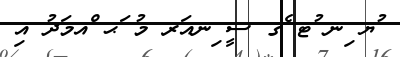
ުޔ ިނ ުޓ ެގ ސީ ިނއަރ މު ަޙ ްއމަދު އި